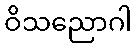
ဝိသညောဂါ